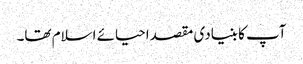
آپ کا بنیادی مقصداحیائے اسلام تھا۔